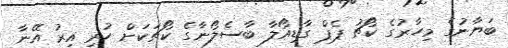
ބަޔާނުގެ މިހާރުގެ ކޯޗު ޕެޕް ގާޑިއޯލާ ބާސެލޯނާގެ ކޯޗަކަށް ހުރި އިރު އޭނާ